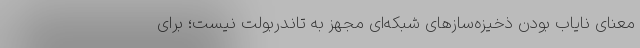
معنای نایاب بودن ذخیزه‌سازهای شبکه‌ای مجهز به تاندربولت نیست؛ برای